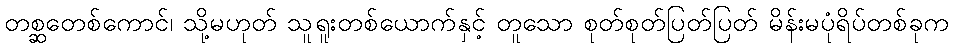
တစ္ဆတေစ်ကောင်၊ သို့မဟုတ် သူရူးတစ်ယောက်နှင့် တူသော စုတ်စုတ်ပြတ်ပြတ် မိန်းမပုံရိပ်တစ်ခုက